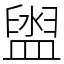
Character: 盥